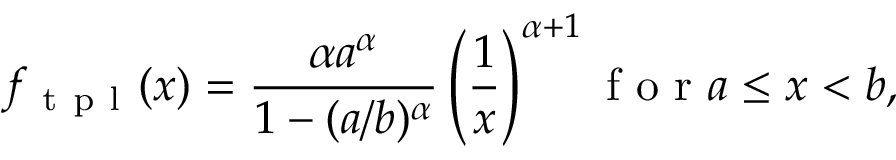
f _ { \mathrm { ~ t ~ p ~ l ~ } } ( x ) = \frac { \alpha a ^ { \alpha } } { 1 - ( a / b ) ^ { \alpha } } \left( \frac 1 x \right) ^ { \alpha + 1 } \mathrm { ~ f ~ o ~ r ~ } a \le x < b ,